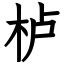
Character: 栌